Vital statistics of India. Vol. IV, Annual returns from 1871 to 1876. British Army of India, Native Army and jails of Bengal
Year: 1871
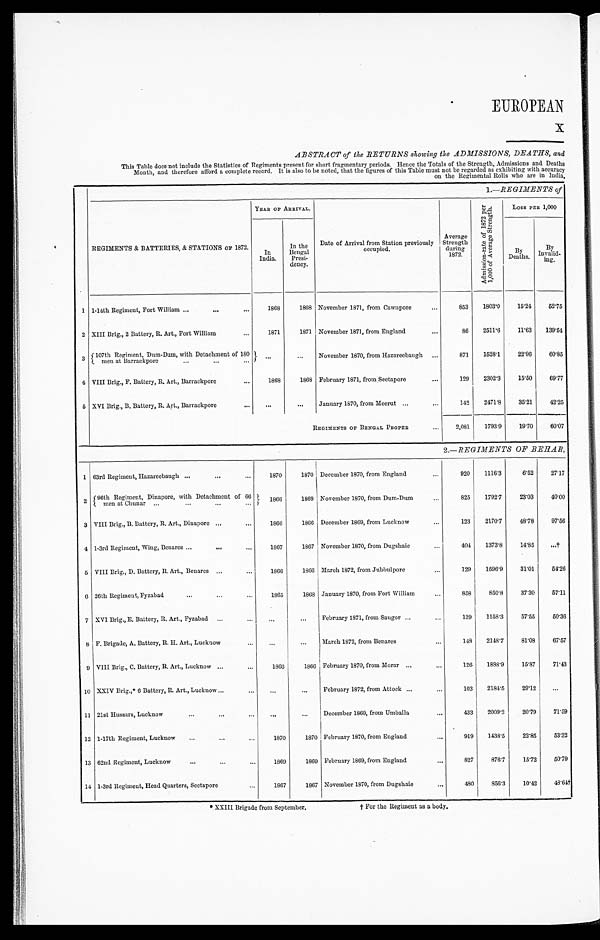
EUROPEAN
ABSTRACT of the RETURNS showing the ADMISSIONS, DEATHS, and
This Table does not include the Statistics of Regiments present for short fragmentary periods. Hence the Totals of the Strength, Admissions and Deaths
Month, and therefore afford a complete record. It is also to be noted, that the figures of this Table must not be regarded as exhibiting with accuracy
on the Regimental Rolls who are in
I n d i a ,
1.—REGIMENTS of
REGIMENTS & BATTERIES, & STATIONS OF 1872.
YEAR OF ARRIVAL.
Date of Arrival from Station previously
occupied.
Average
Strength
during
1872.
A d m i s s i o n - r a t e o f 1 8 7 2 p e r
1 , 0 0 0 o f A v e r a g e S t r e n g t h .
Loss rEe 1,000
-
In
India.
In the
Bengal Presf-
dency.
By
Deaths.
B y
Invalid-
ing.
1 1-14th Regiment, Fort William ...
. . .
. . .
1868
1868 November 1871, from Cawnpore
. . .
853
1803.0
15.24
52.75
2 XIII Brig., 2 Battery, R. Art., Fort William ...
1 8 7 1
1871 November 1871, from England
...
86
2511.6
11.63 139.54
3 107th Regiment, Dum-Dum, with Detachment of 180
men at Barrackpore ...
... . . .
...
...
November 1870, from Hazareebaugh ...
871
1528.1
22.96
60.85
4 VIII Brig., F. Battery, R. Art., Barrackpore
...
1868
1868 February 1871, from Seetapore
...
129
2 3 0 2 . 3
15.50
69.77
5 XVI Brig., B. Battery, R. Art., Barrackpore ...
...
...
January 1870, from Meerut ...
...
142
2471.8
35.21
42.25
REGIMENTS OF BENGAL PROPER
...
2,081
1793.9
1 9 . 7 0 60.07
2.—REGIMENTS OF BEHAR,
1 63rd Regiment, Hazareebaugh ... . . .
. . .
1870
1870 December 1870, from England
...
920
1116.3
6.52
27.17
2 96th Regiment, Dinapore, with Detachment of 66
m e n a t C h u n a r . . . . . . . . . . . .
1866
1869 November 1870, from Dum-Dum
...
825
1 7 9 2 . 7
23.03
40.00
3 VIII Brig., B. Battery, R. Art., Dinapore ...
...
1866
1866 December 1869, from Lucknow
...
123
2 1 7 0 . 7
48.78
97.56
4 1-3rd Regiment, Wing, Benares ... . . . .
. . .
1867
1867 November 1870, from Dugshaie
...
404
1373.8
14.85
...†
5 VIII Brig., D. Battery, R. Art., Benares ... ...
1866
1866 March 1872, from Jubbulpore
...
129
1596.9
31.01
54.26
6 26th Regiment, Fyzabad
. . .
. . .
. . .
1865
1868 January 1870, from Fort William
...
858
850.8
37.30
57.11
7 XVI Brig., E. Battery, R. Art., Fyzabad ... ...
...
. . .
February 1871, from Saugor ...
...
139
1158.3
57.55
50.36
8 F. Brigade, A. Battery, R. H. Art., Lucknow ...
...
...
March 1872, from Benares
...
148
2148.7
81.08
67.57
9 VIII Brig., C. Battery, R. Art., Lucknow
. . . . . .
1866
1866 February 1870, from Morar ... ...
126 1888.9
15.87
71.43
10 XXIV Brig.,* 6 Battery, R. Art., Lucknow ... ...
...
...
February 1872, from Attock ... ...
103
2184.5
29.12
. . .
11 21st Hussars, Lucknow ...
. . . . . .
...
. . . December 1869, from Umballa
...
433
2009.2
20.79
71.59
12 1-17th Regiment, Lucknow
. . . . . .
. . .
1870
1870 February 1870, from England
...
919
1438.5
22.85
53.32
13 62nd Regiment, Lucknow ... ... ...
1 8 6 9
1869 February 1869, from England
...
827
876.7
15.72
50.79
14 1-3rd Regiment, Head Quarters, Seetapore ...
1 8 6 7
1867 November 1870, from Dugshaie
...
480
856.3
10.42
48.64†
* XXIII Brigade from September. † For the Regiment as a body.